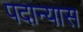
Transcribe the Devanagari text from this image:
पदान्यास